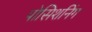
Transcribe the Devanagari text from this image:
पोसिशनिंग